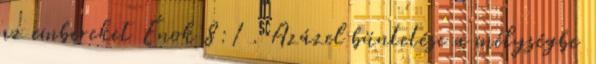
az embereket Énok 8:1 . Azázel büntetése a mélységbe